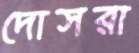
দোসরা